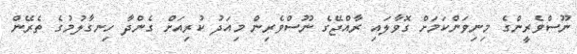
ނޫސްވެރީންގެ މިނިވަންކަމަށް ގޮވާލައި ރާއްޖޭގެ ނޫސްވެރިން މިއަދު ކުރިއަށް ގެންދާ ހިނގާލުމުގެ ތެރޭން